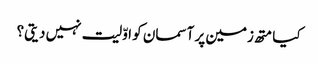
کیا متھ زمین پر آسمان کو اوّلیت نہیں دیتی؟